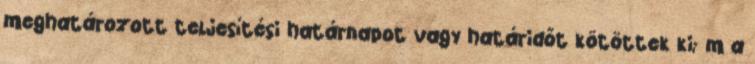
meghatározott teljesítési határnapot vagy határidőt kötöttek ki; m a